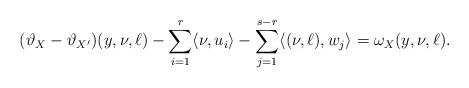
LaTeX: \begin{align*}(\vartheta_{X}-\vartheta_{X'})(y,\nu,\ell) - \sum_{i=1}^r \langle \nu,u_i \rangle - \sum_{j=1}^{s-r} \langle (\nu,\ell),w_j \rangle = \omega_X(y,\nu,\ell).\end{align*}